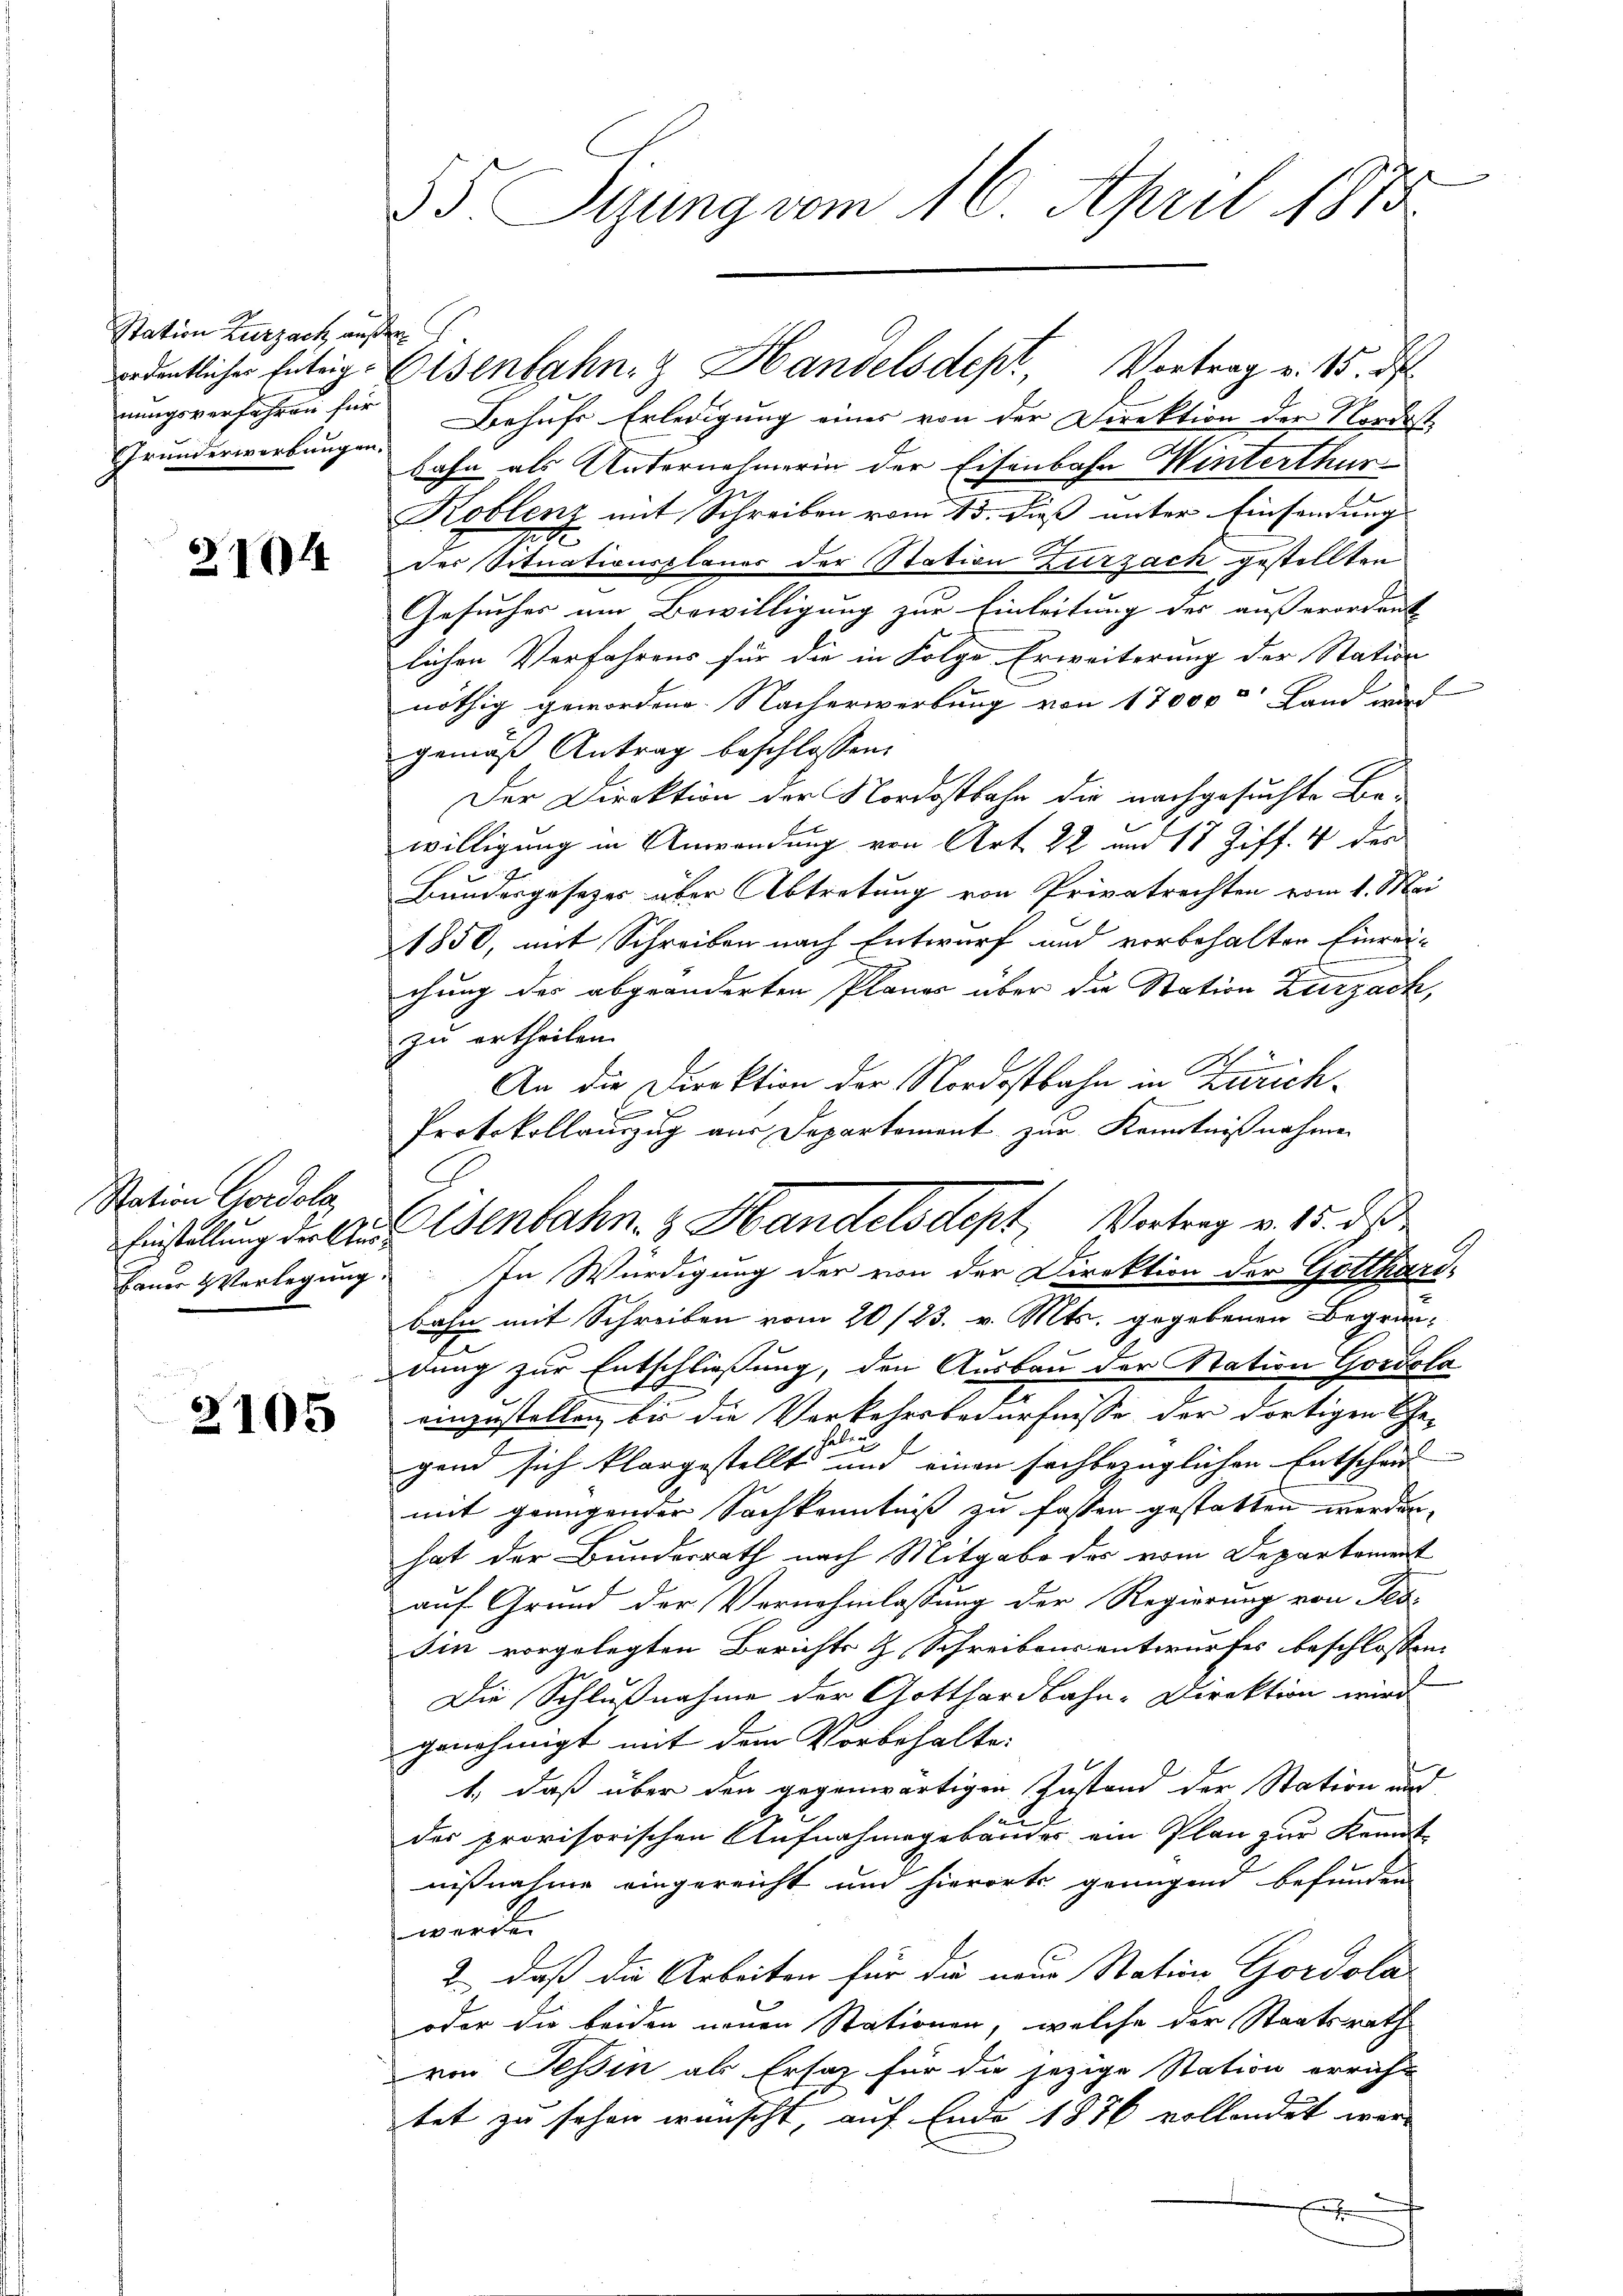
Station Zurzach außer
Grunderwerbungen.

2104

Nation Cedole,

2105

35. Sigung vom 16. April 1873.

nungsverfahren für Behufs Erledigung einer von der Direktion der Nordost
bahn als Unternehmerin der Eisenbahn Winterthur
Koblenz mit Schreiben vom 15. dieß unter Einsendung
der Situationsplanes der Station Zurzach gestellten
Gesucher um Bewilligung zur Einleitung des ausserordent |
lichen Verfahrens für die in Folge Erweiterung der Statir
nöthig gewordene Nacherwerbung von 17000' Land wird
gemäß Antrag beschlossen:
Der Direktion der Nordostbahr die nachgesuchte Bewilligung in Anwendung von Art. 22 und 18 Ziff. 4 der
Bundesgesezes über Abtretung von Privatrechten vom 1. Mai
1850, mit Schreiben nach Entwurf und vorbehalten Einrei-
chung der abgeänderten Planes über die Station Kurzach,
zu ertheilen.
An die Direktion der Nordostbahn in Zürich¬

Protokollauszug aus Departement zur Kenntnißnahme
Bauer Verlegung. In Würdigung der von der Direktion der Gotthard-
bahn mit Schreiben vom 20/23. v. Mts. gegebenen Begründung zur Entschließung, den Ausbau der Station Gordola
einzustellen, bis die Verkehrsbedürfnisse der dortigen Ehe-
gend sich klargestellte und einen sachbezüglichen Entschen
mit genügender Sachkenntniß zu fassen gestatten werden,
hat der Bundesrath nach Mitgabe des vom Departement
auf Grund der Vernehmlassung der Regierung von Tes
sin vorgelegten Berichts & Schreibensentwurfes beschlossen,
Die Schlußnahme der Gotthardbahn-Direktion wird
genehmigt mit dem Vorbehalte:
1., daß über den gegenwärtigen Zustand der Station und
der provisorischen Aufnahmegebäuder ein Plan zur Kennt
nißnahme eingereicht und hierorts genügend befunden
werde.
2., daß die Arbeiten für die neue Station Gordola
oder die beiden neuen Stationen, welche der Staatsrath
von Teßin als Ersatz für die jezige Station erricht
tet zu sehen wünscht, auf Ende 1876 vollendet wer-
E

ordentlicher Entrige Eisenbahn. Handelsdept, Vortrag v. 15. d

Einstellung der Au Isenbahn- & Handelsdept, Vortrag v. 15. d.